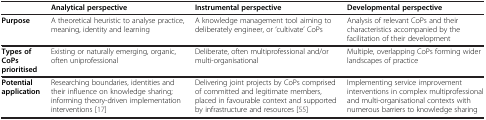
<table><thead><tr><td><b> </b></td><td><b>Analytical perspective</b></td><td><b>Instrumental perspective</b></td><td><b>Developmental perspective</b></td></tr></thead><tbody><tr><td><b>Purpose</b></td><td>A theoretical heuristic to analyse practice, meaning, identity and learning</td><td>A knowledge management tool aiming to deliberately engineer, or ‘cultivate’ CoPs</td><td>Analysis of relevant CoPs and their characteristics accompanied by the facilitation of their development</td></tr><tr><td><b>Types of CoPs prioritised</b></td><td>Existing or naturally emerging, organic, often uniprofessional</td><td>Deliberate, often multiprofessional and/or multi-organisational</td><td>Multiple, overlapping CoPs forming wider landscapes of practice</td></tr><tr><td><b>Potential application</b></td><td>Researching boundaries, identities and their influence on knowledge sharing; informing theory-driven implementation interventions [17]</td><td>Delivering joint projects by CoPs comprised of committed and legitimate members, placed in favourable context and supported by infrastructure and resources [55]</td><td>Implementing service improvement interventions in complex multiprofessional and multi-organisational contexts with numerous barriers to knowledge sharing</td></tr></tbody></table>